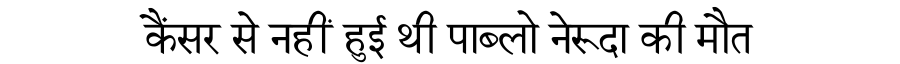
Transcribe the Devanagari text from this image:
कैंसर से नहीं हुई थी पाब्लो नेरूदा की मौत